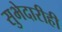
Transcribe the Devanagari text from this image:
सुभेदारीही